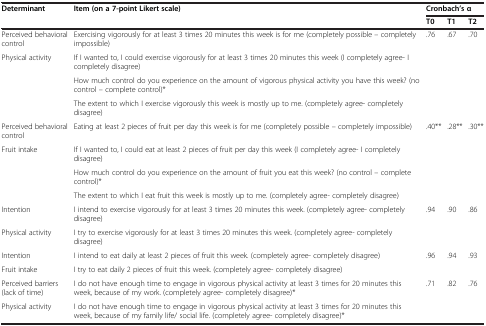
<table><thead><tr><td><b>Determinant</b></td><td><b>Item (on a 7-point Likert scale)</b></td><td colspan="3"><b>Cronbach’s α</b></td></tr><tr><td><b> </b></td><td><b> </b></td><td><b>T0</b></td><td><b>T1</b></td><td><b>T2</b></td></tr></thead><tbody><tr><td>Perceived behavioral control</td><td>Exercising vigorously for at least 3 times 20 minutes this week is for me (completely possible – completely impossible)</td><td>.76</td><td>.67</td><td>.70</td></tr><tr><td rowspan="3">Physical activity</td><td>If I wanted to, I could exercise vigorously for at least 3 times 20 minutes this week (I completely agree- I completely disagree)</td><td> </td><td> </td><td> </td></tr><tr><td>How much control do you experience on the amount of vigorous physical activity you have this week? (no control – complete control)*</td><td> </td><td> </td><td> </td></tr><tr><td>The extent to which I exercise vigorously this week is mostly up to me. (completely agree- completely disagree)</td><td> </td><td> </td><td> </td></tr><tr><td>Perceived behavioral control</td><td>Eating at least 2 pieces of fruit per day this week is for me (completely possible – completely impossible)</td><td>.40**</td><td>.28**</td><td>.30**</td></tr><tr><td rowspan="3">Fruit intake</td><td>If I wanted to, I could eat at least 2 pieces of fruit per day this week (I completely agree- I completely disagree)</td><td> </td><td> </td><td> </td></tr><tr><td>How much control do you experience on the amount of fruit you eat this week? (no control – complete control)*</td><td> </td><td> </td><td> </td></tr><tr><td>The extent to which I eat fruit this week is mostly up to me. (completely agree- completely disagree)</td><td> </td><td> </td><td> </td></tr><tr><td>Intention</td><td>I intend to exercise vigorously for at least 3 times 20 minutes this week. (completely agree- completely disagree)</td><td>.94</td><td>.90</td><td>.86</td></tr><tr><td>Physical activity</td><td>I try to exercise vigorously for at least 3 times 20 minutes this week. (completely agree- completely disagree)</td><td> </td><td> </td><td> </td></tr><tr><td>Intention</td><td>I intend to eat daily at least 2 pieces of fruit this week. (completely agree- completely disagree)</td><td>.96</td><td>.94</td><td>.93</td></tr><tr><td>Fruit intake</td><td>I try to eat daily 2 pieces of fruit this week. (completely agree- completely disagree)</td><td> </td><td> </td><td> </td></tr><tr><td>Perceived barriers (lack of time)</td><td>I do not have enough time to engage in vigorous physical activity at least 3 times for 20 minutes this week, because of my work. (completely agree- completely disagree)*</td><td>.71</td><td>.82</td><td>.76</td></tr><tr><td>Physical activity</td><td>I do not have enough time to engage in vigorous physical activity at least 3 times for 20 minutes this week, because of my family life/ social life. (completely agree- completely disagree)*</td><td> </td><td> </td><td> </td></tr></tbody></table>